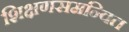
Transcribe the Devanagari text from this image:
शिक्षणसमन्वित